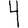
Digit: 4